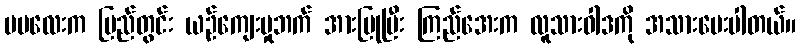
မမလေးက ပြည်တွင်း ယဉ်ကျေးမှုဘက် အားပြုပြီး ကြည်အေးက လူသားဝါဒကို အသားပေးပါတယ်။